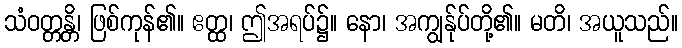
သံဝတ္တန္တိ၊ ဖြစ်ကုန်၏။ ဧတ္ထ၊ ဤအရပ်၌။ နော၊ အကျွန်ုပ်တို့၏။ မတိ၊ အယူသည်။